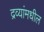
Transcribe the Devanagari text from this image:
द्रव्यांमधील